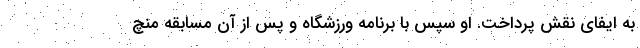
به ایفای نقش پرداخت. او سپس با برنامه ورزشگاه و پس از آن مسابقه منچ